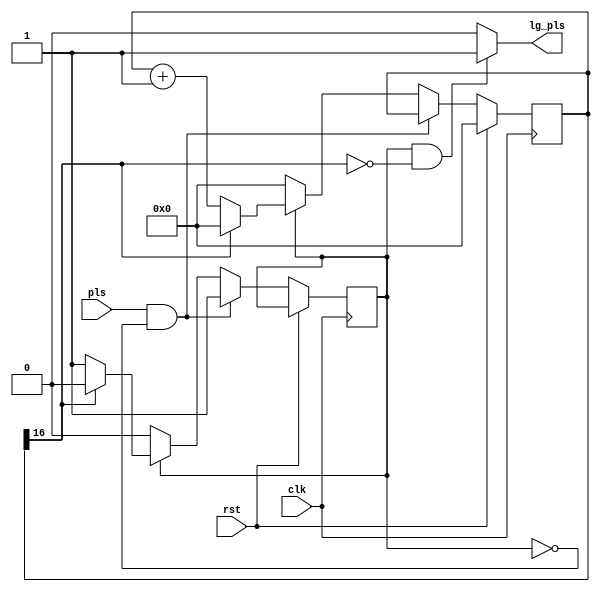
module CreateLargePulse(lg_pls, pls, rst, clk);
    output lg_pls;
    input rst, clk, pls;
    parameter n = 16; 
    reg pulse;
    reg [n:0] count = 0;
  
    always @(posedge clk) begin
        if(rst) begin
            count <= 0;
        end
        else  begin
            if(pls && !pulse) begin
                pulse <= 1'b1;
            end else if(pulse) begin
                if(count[n]) begin
                    count <= 0;
                    pulse <= 1'b0;
                end else
                    count <= count + 1;
            end else
                count <= 0;
        end
    end

    assign lg_pls = (pulse && !count[n]) ? 1'b1: 1'b0;

endmodule